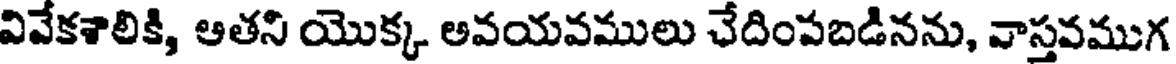
వివేకశాలికి, ఆతని యొక్క అవయవములు చేదింపబడినను, వాస్తవముగ